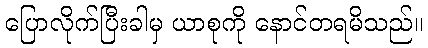
ပြောလိုက်ပြီးခါမှ ယာစုကို နောင်တရမိသည်။